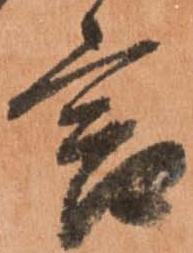
言